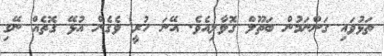
ތަޅުވައި ގަންނަމުން ބަތޫލް ގޮވާލިއެވެ. އޭނަ ހުރީ ވެގެން އުޅޭ ގޮތެއް ނޭގި